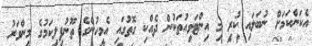
އެކަންކަމަށް ނުބަލައި ކުރި މި އިންޓަވިއުތަކުން ދެއްކި ގޮތުގައި އެމީހުންގެ ތޫނުފިލިކަމުގެ މިންވަރު